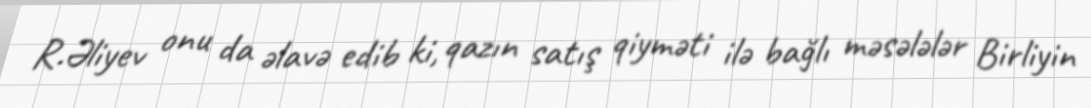
R.Əliyev onu da əlavə edib ki, qazın satış qiyməti ilə bağlı məsələlər Birliyin